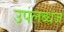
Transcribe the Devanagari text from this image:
उपलब्धज